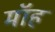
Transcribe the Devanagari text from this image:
मॉह